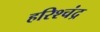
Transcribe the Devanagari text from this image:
हरिश्‍चंद्र